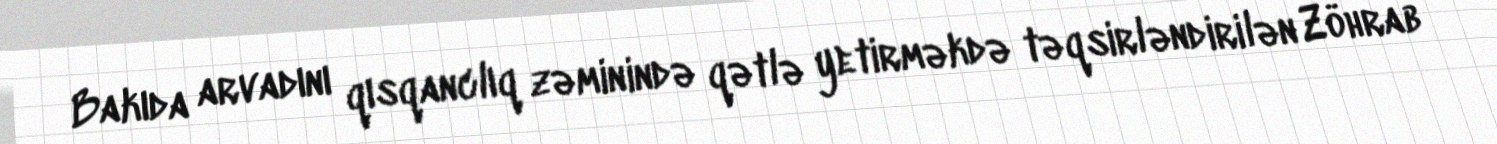
Bakıda arvadını qısqanclıq zəminində qətlə yetirməkdə təqsirləndirilən Zöhrab